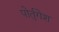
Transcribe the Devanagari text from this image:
पोर्तुगेश